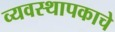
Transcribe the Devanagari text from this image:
व्यवस्थापकाचे